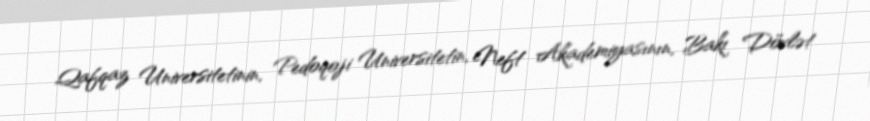
Qafqaz Universitetinin, Pedoqoji Universitetin, Neft Akademiyasının, Bakı Dövlət